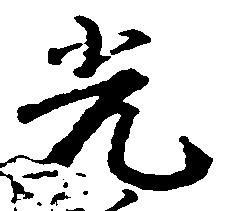
光